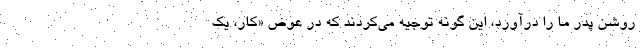
روشن پدر ما را درآورد، این گونه توجیه می‌کردند که در عوض «کار، یک